Indian journal of veterinary science and animal husbandry - Volume 10,
Year: 1940
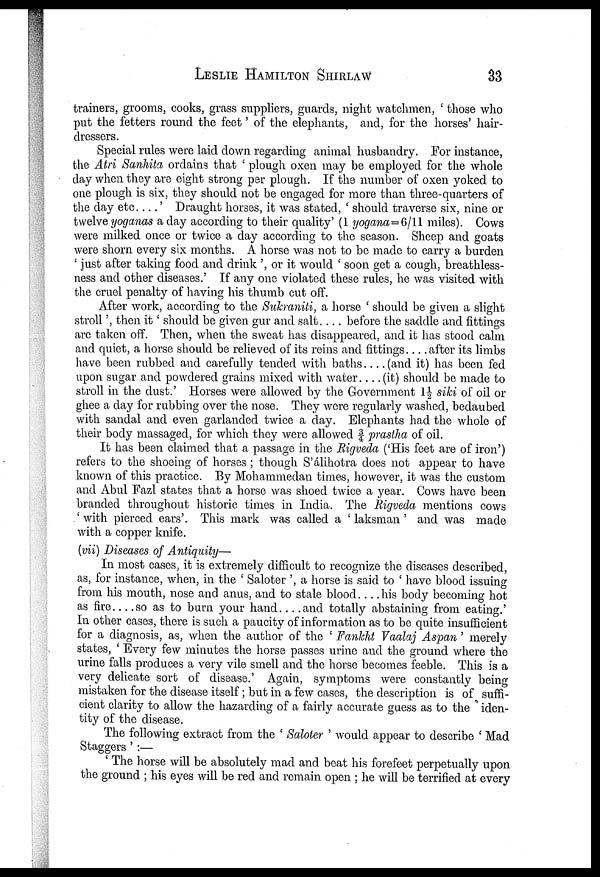
LESLIE
HAMILTON
SHIRLAW
33
trainers, grooms, cooks, grass suppliers, guards, night watchmen, ' those who
put the fetters round the feet' of the elephants, and, for the horses' hair-
dressers.
Special rules were laid down regarding animal husbandry. For instance,
the Atri Sanhita ordains that ' plough oxen may be employed for the whole
day when they are eight strong per plough. If the number of oxen yoked to
one plough is six, they should not be engaged for more than three-quarters of
the day etc....' Draught horses, it was stated, ' should traverse six, nine or
twelve yoganas a day according to their quality' (1 yogana=6/11 miles). Cows
were milked once or twice a day according to the season. Sheep and goats
were shorn every six months. A horse was not to be made to carry a burden
' just after taking food and drink ', or it would ' soon get a cough, breathless¬
ness and other diseases.' If any one violated these rules, he was visited with
the cruel penalty of having his thumb cut off.
After work, according to the Sukraniti, a horse ' should be given a slight
stroll', then it' should be given gur and salt.... before the saddle and fittings
are taken off. Then, when the sweat has disappeared, and it has stood calm
and quiet, a horse should be relieved of its reins and fittings after its limbs
have been rubbed and carefully tended with baths.... (and it) has been fed
upon sugar and powdered grains mixed with water.... (it) should be made to
stroll in the dust.' Horses were allowed by the Government 1½ siki of oil or
ghee a day for rubbing over the nose. They were regularly washed, bedaubed
with sandal and even garlanded twice a day. Elephants had the whole of
their body massaged, for which they were allowed ¾ prastha of oil.
It has been claimed that a passage in the Rigveda ('His feet are of iron')
refers to the shoeing of horses ; though S'álihotra does not appear to have
known of this practice. By Mohammedan times, however, it was the custom
and Abul Fazl states that a horse was shoed twice a year. Cows have been
branded throughout historic times in India. The Rigveda mentions cows
' with pierced ears'. This mark was called a ' laksman ' and was made
with a copper knife.
(vii) Diseases of Antiquity—
In most cases, it is extremely difficult to recognize the diseases described,
as, for instance, when, in the ' Saloter ', a horse is said to ' have blood issuing
from his mouth, nose and anus, and to stale blood
his body becoming hot
as fire . . . . so as to burn your hand... .and totally abstaining from eating.'
In other cases, there is such a paucity of information as to be quite insufficient
for a diagnosis, as, when the author of the ' Fankht Vaalaj Aspan' merely
states, ' Every few minutes the horse passes urine and the ground where the
urine falls produces a very vile smell and the horse becomes feeble. This is a
very delicate sort of disease.' Again, symptoms were constantly being
mistaken for the disease itself; but in a few cases, the description is of suffi-
cient clarity to allow the hazarding of a fairly accurate guess as to the iden-
tity of the disease.
The following extract from the ' Saloter ' would appear to describe ' Mad
Staggers ' :—
' The horse will be absolutely mad and beat his forefeet perpetually upon
the ground ; his eyes will be red and remain open ; he will be terrified at every